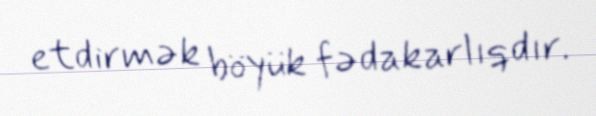
etdirmək böyük fədakarlıqdır.